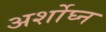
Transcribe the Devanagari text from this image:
अर्शोघ्न